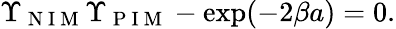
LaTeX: \Upsilon_{\mathrm{~N~I~M~}}\Upsilon_{\mathrm{~P~I~M~}}-\exp(-2\beta a)=0.